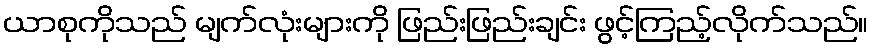
ယာစုကိုသည် မျက်လုံးများကို ဖြည်းဖြည်းချင်း ဖွင့်ကြည့်လိုက်သည်။